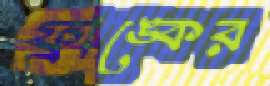
ফ্রাঙ্কের